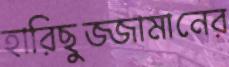
হারিছুজ্জামানের